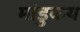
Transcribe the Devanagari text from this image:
मांडुकय